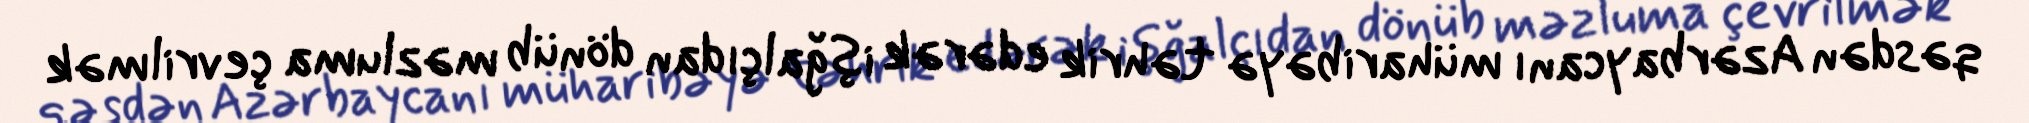
qəsdən Azərbaycanı müharibəyə təhrik edərək işğalçıdan dönüb məzluma çevrilmək